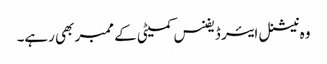
وہ نیشنل ایئر ڈیفنس کمیٹی کے ممبر بھی رہے۔